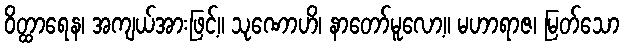
ဝိတ္ထာရေန၊ အကျယ်အားဖြင့်။ သုဏောဟိ၊ နာတော်မူလော့။ မဟာရာဇ၊ မြတ်သော